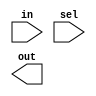
// Create a 1-bit wide, 256-to-1 multiplexer. The 256 inputs are all packed into a 
// single 256-bit input vector. sel=0 should select in[0], sel=1 selects bits in[1], 
// sel=2 selects bits in[2], etc.

// Hint: With this many options, a case statement isn't so useful.
// Vector indices can be variable, as long as the synthesizer can figure out that 
// the width of the bits being selected is constant. In particular, 
// selecting one bit out of a vector using a variable index will work.


module top_module( 
    input [255:0] in,
    input [7:0] sel,
    output out );

    //Insert your code here

endmodule